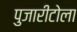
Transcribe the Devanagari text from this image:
पुजारीटोला